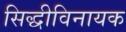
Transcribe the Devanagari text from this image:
सिद्धीविनायक